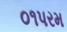
૦૧પરમ